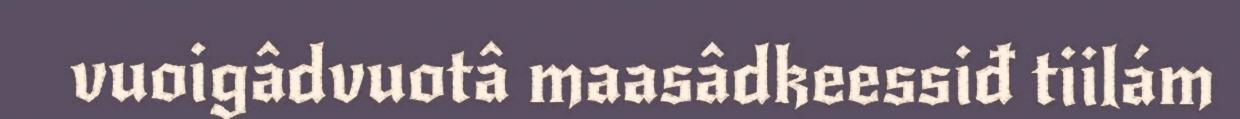
vuoigâdvuotâ maasâdkeessiđ tiilám